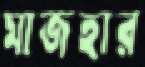
মাজহার